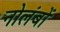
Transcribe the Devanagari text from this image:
नोलंबों